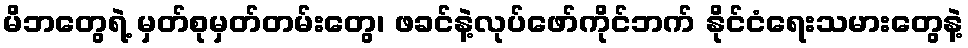
မိဘတွေရဲ့ မှတ်စုမှတ်တမ်းတွေ၊ ဖခင်နဲ့လုပ်ဖော်ကိုင်ဘက် နိုင်ငံရေးသမားတွေနဲ့